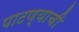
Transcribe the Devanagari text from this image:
पाटण्याची